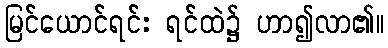
မြင်ယောင်ရင်း ရင်ထဲ၌ ဟာ၍လာ၏။